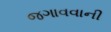
જગાવવાની